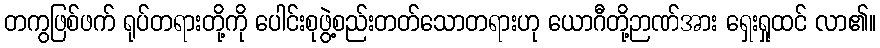
တကွဖြစ်ဖက် ရုပ်တရားတို့ကို ပေါင်းစုဖွဲ့စည်းတတ်သောတရားဟု ယောဂီတို့ဉာဏ်အား ရှေးရှုထင် လာ၏။